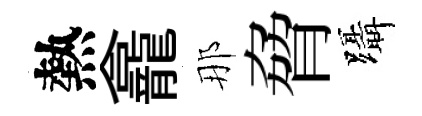
熱龕那脅躡